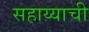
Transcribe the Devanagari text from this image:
सहाय्याची